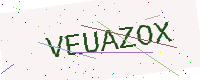
Text: VEUAZOX